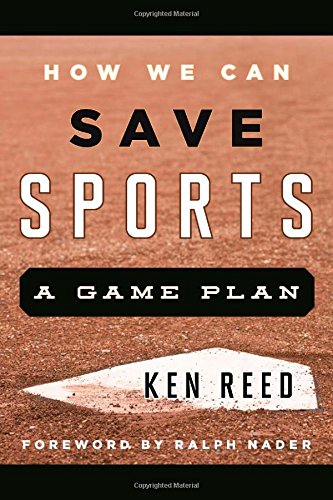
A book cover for How We Can Save Sports: A Game Plan; Ken Reed; Sports & Outdoors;